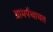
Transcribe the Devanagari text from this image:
ग्रामपँचायत